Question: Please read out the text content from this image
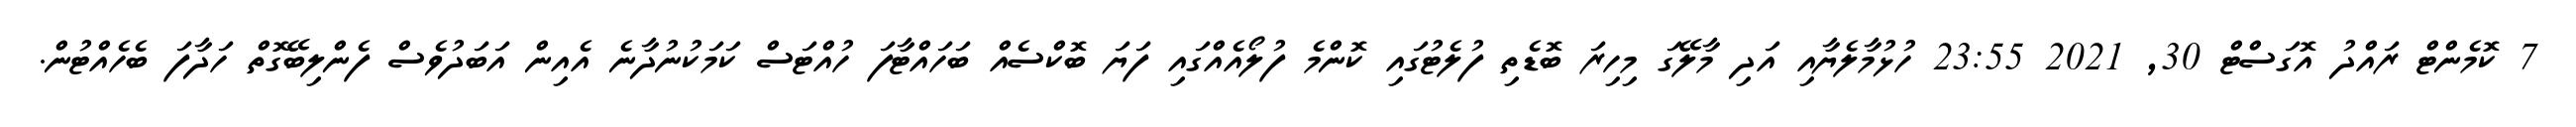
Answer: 7 ކޮމެންޓް ރައްދު އޮގަސްޓް 30, 2021 23:55 ހުޅުމާލެޔާއި އަދި މާލޭގަ މިހިރަ ބޮޑެތި ފުލެޓުގައި ކޮންމެ ފުލޯއެއްގައި ފަޔަ ބޮކްސެއް ބަހައްޓާފަ ހުއްޓަސް ކަމަކުނުދާނެ އެއިން އަބަދުވެސް ފެންލިބޭގޮތް ހަދާފަ ބެހެއްޓުން.